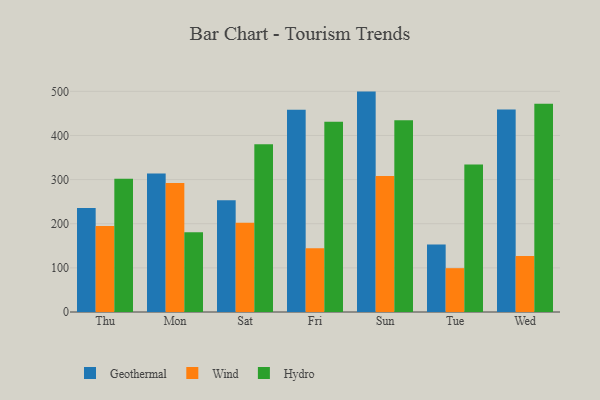
{"axis": {"x": "Day", "y": "Waste Production (Tons)"}, "legend": ["Geothermal", "Hydro", "Wind"], "data": [{"x": "Thu", "y": 235.4, "type": "Geothermal"}, {"x": "Thu", "y": 194.7, "type": "Wind"}, {"x": "Thu", "y": 301.9, "type": "Hydro"}, {"x": "Mon", "y": 314.1, "type": "Geothermal"}, {"x": "Mon", "y": 292.2, "type": "Wind"}, {"x": "Mon", "y": 180.8, "type": "Hydro"}, {"x": "Sat", "y": 253.0, "type": "Geothermal"}, {"x": "Sat", "y": 202.4, "type": "Wind"}, {"x": "Sat", "y": 380.1, "type": "Hydro"}, {"x": "Fri", "y": 458.5, "type": "Geothermal"}, {"x": "Fri", "y": 144.4, "type": "Wind"}, {"x": "Fri", "y": 431.1, "type": "Hydro"}, {"x": "Sun", "y": 499.4, "type": "Geothermal"}, {"x": "Sun", "y": 308.4, "type": "Wind"}, {"x": "Sun", "y": 434.6, "type": "Hydro"}, {"x": "Tue", "y": 152.8, "type": "Geothermal"}, {"x": "Tue", "y": 99.3, "type": "Wind"}, {"x": "Tue", "y": 334.3, "type": "Hydro"}, {"x": "Wed", "y": 458.7, "type": "Geothermal"}, {"x": "Wed", "y": 127.0, "type": "Wind"}, {"x": "Wed", "y": 471.8, "type": "Hydro"}]}